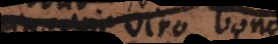
Quae viro bono